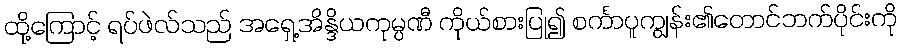
ထို့ကြောင့် ရပ်ဖဲလ်သည် အရှေ့အိန္ဒိယကုမ္ပဏီ ကိုယ်စားပြု၍ စင်္ကာပူကျွန်း၏တောင်ဘက်ပိုင်းကို